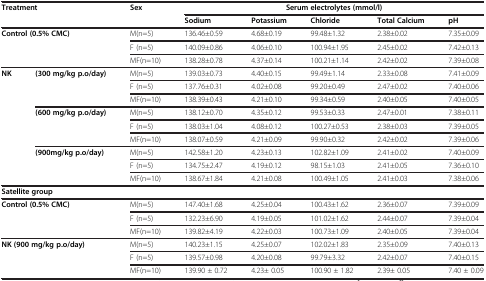
<table><thead><tr><td rowspan="2" colspan="2"><b>Treatment</b></td><td rowspan="2"><b>Sex</b></td><td colspan="5"><b>Serum electrolytes (mmol/l)</b></td></tr><tr><td><b>Sodium</b></td><td><b>Potassium</b></td><td><b>Chloride</b></td><td><b>Total Calcium</b></td><td><b>pH</b></td></tr></thead><tbody><tr><td rowspan="3" colspan="2"><b>Control (0.5% CMC)</b></td><td>M(n=5)</td><td>136.46±0.59</td><td>4.68±0.19</td><td>99.48±1.32</td><td>2.38±0.02</td><td>7.35±0.09</td></tr><tr><td>F (n=5)</td><td>140.09±0.86</td><td>4.06±0.10</td><td>100.94±1.95</td><td>2.45±0.02</td><td>7.42±0.13</td></tr><tr><td>MF(n=10)</td><td>138.28±0.78</td><td>4.37±0.14</td><td>100.21±1.14</td><td>2.42±0.02</td><td>7.39±0.08</td></tr><tr><td rowspan="9"><b>NK</b></td><td rowspan="3"><b>(300 mg/kg p.o/day)</b></td><td>M(n=5)</td><td>139.03±0.73</td><td>4.40±0.15</td><td>99.49±1.14</td><td>2.33±0.08</td><td>7.41±0.09</td></tr><tr><td>F (n=5)</td><td>137.76±0.31</td><td>4.02±0.08</td><td>99.20±0.49</td><td>2.47±0.02</td><td>7.40±0.06</td></tr><tr><td>MF(n=10)</td><td>138.39±0.43</td><td>4.21±0.10</td><td>99.34±0.59</td><td>2.40±0.05</td><td>7.40±0.05</td></tr><tr><td rowspan="3"><b>(600 mg/kg p.o/day)</b></td><td>M(n=5)</td><td>138.12±0.70</td><td>4.35±0.12</td><td>99.53±0.33</td><td>2.47±0.01</td><td>7.38±0.11</td></tr><tr><td>F (n=5)</td><td>138.03±1.04</td><td>4.08±0.12</td><td>100.27±0.53</td><td>2.38±0.03</td><td>7.39±0.05</td></tr><tr><td>MF(n=10)</td><td>138.07±0.59</td><td>4.21±0.09</td><td>99.90±0.32</td><td>2.42±0.02</td><td>7.39±0.06</td></tr><tr><td rowspan="3"><b>(900mg/kg p.o/day)</b></td><td>M(n=5)</td><td>142.58±1.20</td><td>4.23±0.13</td><td>102.82±1.09</td><td>2.41±0.02</td><td>7.40±0.09</td></tr><tr><td>F (n=5)</td><td>134.75±2.47</td><td>4.19±0.12</td><td>98.15±1.03</td><td>2.41±0.05</td><td>7.36±0.10</td></tr><tr><td>MF(n=10)</td><td>138.67±1.84</td><td>4.21±0.08</td><td>100.49±1.05</td><td>2.41±0.03</td><td>7.38±0.06</td></tr><tr><td colspan="8"><b>Satellite group</b></td></tr><tr><td rowspan="3" colspan="2"><b>Control (0.5% CMC)</b></td><td>M(n=5)</td><td>147.40±1.68</td><td>4.25±0.04</td><td>100.43±1.62</td><td>2.36±0.07</td><td>7.39±0.09</td></tr><tr><td>F (n=5)</td><td>132.23±6.90</td><td>4.19±0.05</td><td>101.02±1.62</td><td>2.44±0.07</td><td>7.39±0.04</td></tr><tr><td>MF(n=10)</td><td>139.82±4.19</td><td>4.22±0.03</td><td>100.73±1.09</td><td>2.40±0.05</td><td>7.39±0.04</td></tr><tr><td rowspan="3" colspan="2"><b>NK (900 mg/kg p.o/day)</b></td><td>M(n=5)</td><td>140.23±1.15</td><td>4.25±0.07</td><td>102.02±1.83</td><td>2.35±0.09</td><td>7.40±0.13</td></tr><tr><td>F (n=5)</td><td>139.57±0.98</td><td>4.20±0.08</td><td>99.79±3.32</td><td>2.42±0.07</td><td>7.40±0.15</td></tr><tr><td>MF(n=10)</td><td>139.90 ± 0.72</td><td>4.23± 0.05</td><td>100.90 ± 1.82</td><td>2.39± 0.05</td><td>7.40 ± 0.09</td></tr></tbody></table>